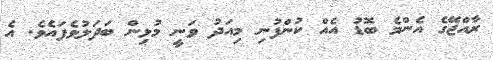
ރާއްޖޭގެ އެންމެ ބޮޑު އެއް ކުންފުނި މިއަދު ވަނީ މުޅިން ބަދަލުވެފައެވެ. އެ